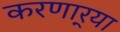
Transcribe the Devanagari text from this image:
करणार्‍या